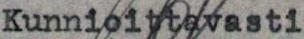
Kunnioittavasti